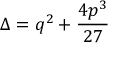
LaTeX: \Delta = q ^ { 2 } + { \frac { 4 p ^ { 3 } } { 2 7 } }